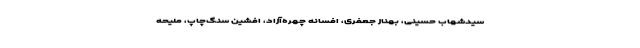
سید‌شهاب حسینی، بهناز جعفری، افسانه چهره‌آزاد، افشین سنگ‌چاپ، ملیحه